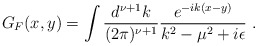
\begin{align*}G_F(x,y) = \int { { d^{\nu + 1} k}\over {(2 \pi)^{\nu+1}} } { { e^{-ik(x-y)}} \over {k^2-\mu^2+i\epsilon} } \; .\end{align*}